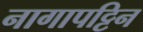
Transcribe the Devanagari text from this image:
नागापट्टिन